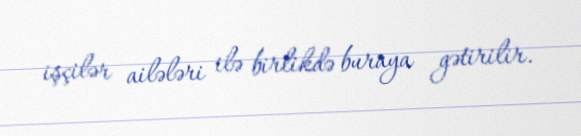
işçilər ailələri ilə birlikdə buraya gətirilir.